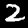
Label: 2